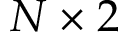
N \times 2